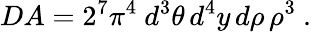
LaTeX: DA=2^{7}\pi^{4}~d^{3}\theta\, d^{4}y\, d\rho\, \rho^{3}~.